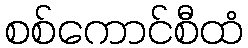
စစ်ကောင်စီထံ